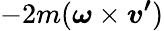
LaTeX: -2m({\boldsymbol{\omega}}\times{\boldsymbol{v^{\prime}}})